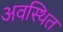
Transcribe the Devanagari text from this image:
अवस्‍थित